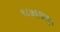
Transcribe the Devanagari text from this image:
१८७६पासून